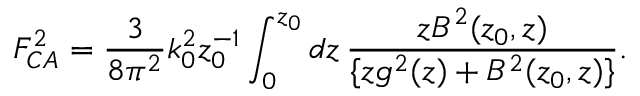
F _ { C A } ^ { 2 } = { \frac { 3 } { 8 \pi ^ { 2 } } } k _ { 0 } ^ { 2 } z _ { 0 } ^ { - 1 } \int _ { 0 } ^ { z _ { 0 } } d z \, { \frac { z B ^ { 2 } ( z _ { 0 } , z ) } { \{ z g ^ { 2 } ( z ) + B ^ { 2 } ( z _ { 0 } , z ) \} } } .